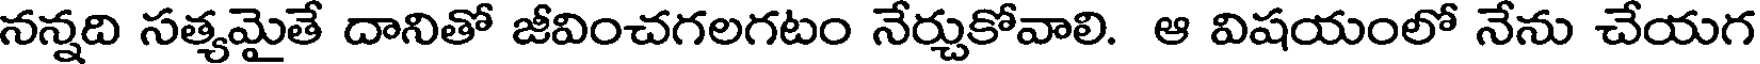
నన్నది సత్యమైతే దానితో జీవించగలగటం నేర్చుకోవాలి. ఆ విషయంలో నేను చేయగ